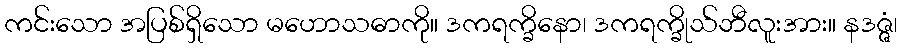
ကင်းသော အပြစ်ရှိသော မဟောသဓာကို။ ဒကရက္ခိနော၊ ဒကရက္ခိုသ်ဘီလူးအား။ နဒဇ္ဇံ၊